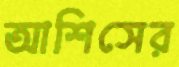
আশিসের